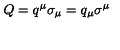
Q = q ^ { \mu } \sigma _ { \mu } = q _ { \mu } \sigma ^ { \mu }